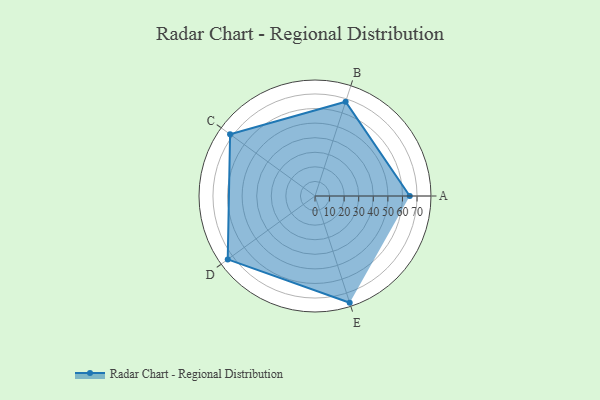
{"axis": {"x": "Skill", "y": "Score"}, "legend": ["Profile"], "data": [{"x": "A", "y": 65.0, "type": "Profile"}, {"x": "B", "y": 68.0, "type": "Profile"}, {"x": "C", "y": 72.0, "type": "Profile"}, {"x": "D", "y": 74.0, "type": "Profile"}, {"x": "E", "y": 77.0, "type": "Profile"}]}